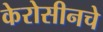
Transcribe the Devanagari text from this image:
केरोसीनचे